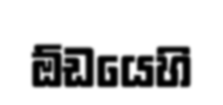
ඕඩයෙහි